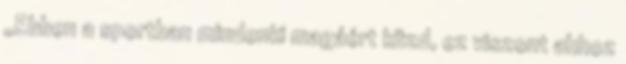
„Ebben a sportban mindenki magáért küzd, ez viszont ahhoz